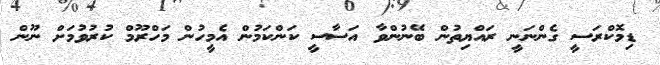
ޑިމޮކްރަސީ ގެންނަނީ ރައްޔިތުން ބޭނުންވާ އަސާސީ ކަންކަމުން އެމީހުން މަހްރޫމް ކުރުވުމަށް ނޫން